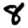
Digit: 8